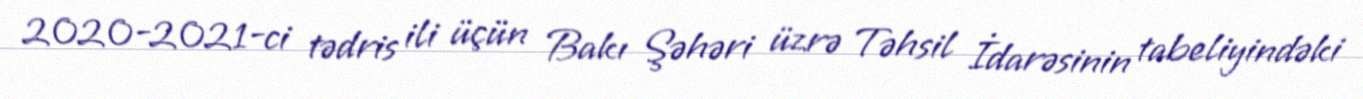
2020-2021-ci tədris ili üçün Bakı Şəhəri üzrə Təhsil İdarəsinin tabeliyindəki